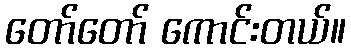
တော်တော် ကောင်းတယ်။